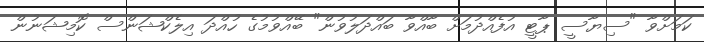
ކަމަށްވާ "ސިޔާސީ ޕާޓީ އުފެއްދުމަށް ބާއްވާ ބައްދަލުވުން" ބޭއްވުމުގެ ހުއްދަ އިލެކްޝަންސް ކޮމިޝަނުން